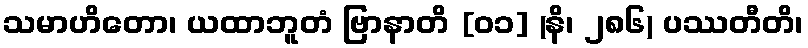
သမာဟိတော၊ ယထာဘူတံ ဗြာနာတိ [၀၁] (နိ၊ ၂၈၆) ပဿတီတိ၊